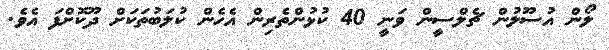
ލޯން އުސޫލުން ޗެލްސީން ވަނީ 40 ކުޅުންތެރިން އެހެން ކުލަބުތަކަށް ދޫކޮށްފަ އެވެ.